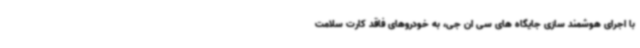
با اجرای هوشمند سازی جایگاه های سی ان جی، به خودروهای فاقد کارت سلامت